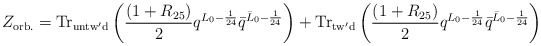
\begin{align*}Z_{\rm orb.}={\rm Tr}_{\rm untw'd}\left( {(1+R_{25})\over2} q^{L_0-{1\over 24}}{\bar q}^{{\bar L}_0-{1\over 24}}\right)+{\rm Tr}_{\rm tw'd}\left({(1+R_{25})\over2} q^{L_0-{1\over 24}} {\bar q}^{{\bar L}_0-{1\over24}}\right)\end{align*}